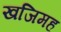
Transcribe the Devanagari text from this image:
खजिमह